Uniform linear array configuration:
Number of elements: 16
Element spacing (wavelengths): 0.25
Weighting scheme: binomial
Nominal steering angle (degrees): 45
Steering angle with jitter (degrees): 44.846
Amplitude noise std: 0.05
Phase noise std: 0.05

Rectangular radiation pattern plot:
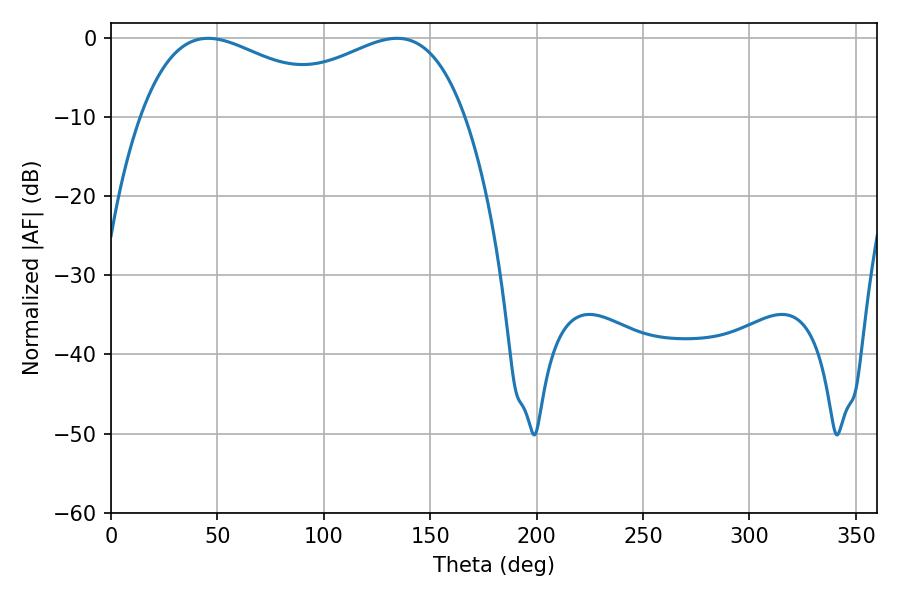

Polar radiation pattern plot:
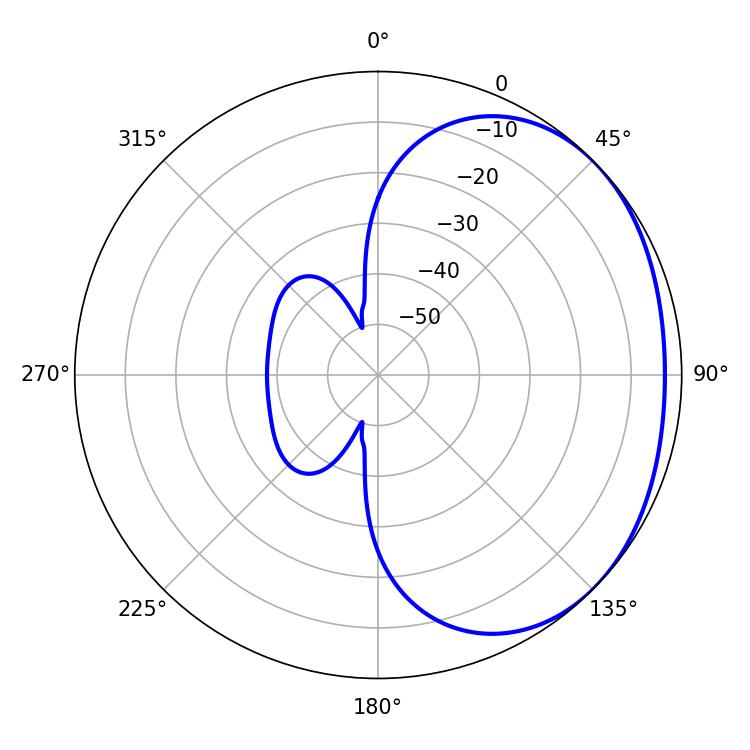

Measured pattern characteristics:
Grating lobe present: FALSE
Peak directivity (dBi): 1.795
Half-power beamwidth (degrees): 53.82
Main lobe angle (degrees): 45.72